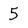
Character: 5